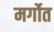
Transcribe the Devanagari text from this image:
मर्गोत